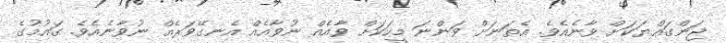
ޖަންގައްޔަކަށް ވާނެއެވެ. އެތަނަށް ވަންނަ މީހަކަށް ވާއެއް ނުވާއެއް އެނގޭވަރެއް ނުވާނެއެވެ. ގައުމުގެ